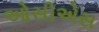
ઓસીએસ